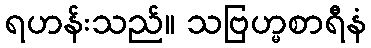
ရဟန်းသည်။ သဗြဟ္မစာရီနံ